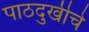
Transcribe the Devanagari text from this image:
पाठदुखीचे